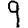
Digit: 9